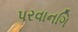
પરવાનગિ